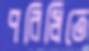
পরিধিতে